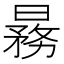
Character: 𬁒